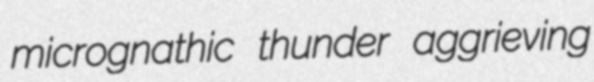
micrognathic thunder aggrieving